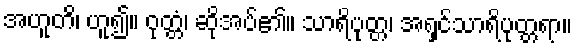
အဟူတိ၊ ဟူ၍။ ဝုတ္တံ၊ ဆိုအပ်၏။ သာရိပုတ္တ၊ အရှင်သာရိပုတ္တရာ။